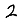
Digit: 2